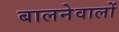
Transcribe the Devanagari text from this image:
बालनेवालों